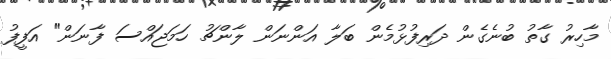
މާހިރު ގާތު ބުނެގެން ދަރިފުޅުމެން ބަލާ އަންނަން ލާންޗު ހަމަޖައްސަ ފާނަން" އަފީފު